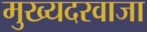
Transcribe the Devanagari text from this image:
मुख्यदरवाजा